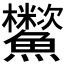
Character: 𩽑